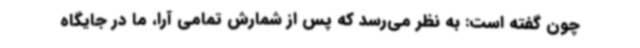
چون گفته است: به نظر می‌رسد که پس از شمارش تمامی آرا، ما در جایگاه